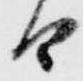
由